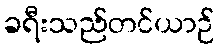
ခရီးသည်တင်ယာဉ်